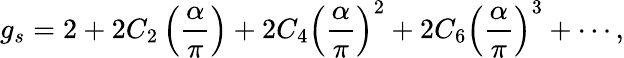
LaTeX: g_{s}=2+2C_{2}\left(\frac{\alpha}{\pi}\right)+2C_{4}\left(\frac{\alpha}{\pi}\right)^{2}+2C_{6}\left(\frac{\alpha}{\pi}\right)^{3}+\cdots,